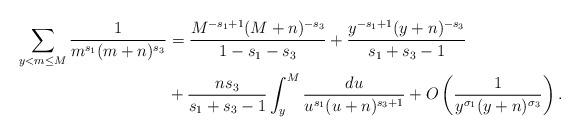
LaTeX: \begin{align*}\sum_{y < m \leq M} \frac{1}{m^{s_1}(m+n)^{s_3}} &= \frac{M^{-s_1+1}(M+n)^{-s_3}}{1-s_1-s_3}+\frac{y^{-s_1+1}(y+n)^{-s_3}}{s_1+s_3-1} \\&+\frac{ns_3}{s_1+s_3-1} \int_y^M \frac{du}{u^{s_1}(u+n)^{s_3+1}} + O \left( \frac{1}{y^{\sigma_1}(y+n)^{\sigma_3}} \right). \end{align*}